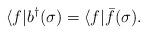
LaTeX: \begin{align*}\langle f|b^{\dag}(\sigma )=\langle f |\bar{f}(\sigma ). \end{align*}